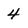
Character: 4